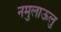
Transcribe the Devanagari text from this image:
नमुलाऊलु